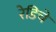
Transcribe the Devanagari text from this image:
रेडिचे